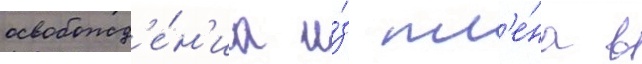
освобожд'е́н'иа и́з пл'е́на в